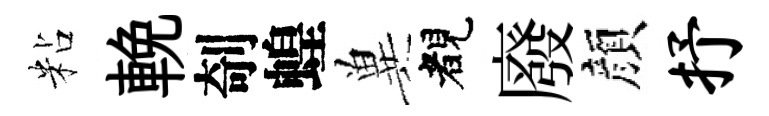
粘輓剞蝗兾睹廢顔抒